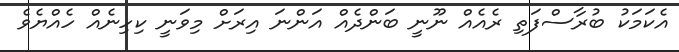
އެކަމަކު ބުރާސްފަތި ރެއެއް ނޫނީ ބަންދެއް އަންނަ އިރަށް މިވަނީ ކިހިނެއް ހެއްޔެވެ